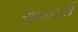
અકટાઉ